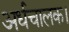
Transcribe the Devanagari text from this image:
अर्धचालक।